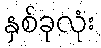
နှစ်ခုလုံး